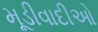
મૂડીવાદીઓ